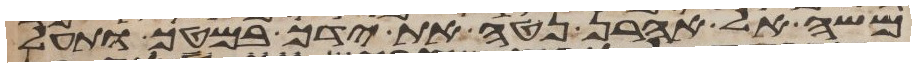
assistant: משה אל אהרן נטה את ידך במטך ותעל